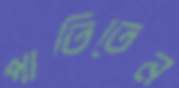
পাতিতেন